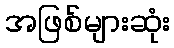
အဖြစ်များဆုံး